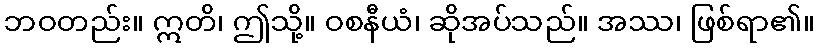
ဘဝတည်း။ ဣတိ၊ ဤသို့။ ဝစနီယံ၊ ဆိုအပ်သည်။ အဿ၊ ဖြစ်ရာ၏။